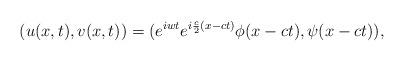
LaTeX: \begin{align*} (u(x,t),v(x,t))=(e^{iwt}e^{i\frac c2(x-ct)}\phi(x-ct),{\psi}(x-ct)),\end{align*}